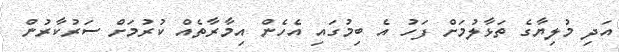
އަދި މުލިޔާގެ ތަޅާލުމަށް ފަހު އެ ބިމުގައި އެހެން އިމާރާތެއް ކުރުމަށް ސަރުކާރުން